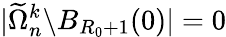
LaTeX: |\widetilde\Omega_{n}^{k}\backslash B_{R_{0}+1}(0)|=0